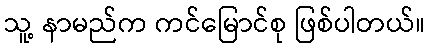
သူ့ နာမည်က ကင်မြောင်စု ဖြစ်ပါတယ်။